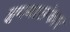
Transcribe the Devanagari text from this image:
हृदयालंकार